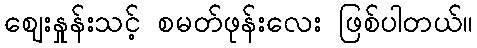
ဈေးနှုန်းသင့် စမတ်ဖုန်းလေး ဖြစ်ပါတယ်။